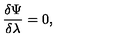
{ \frac { \delta \Psi } { \delta \lambda } } = 0 ,